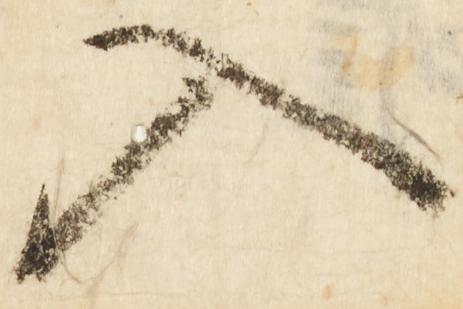
入